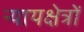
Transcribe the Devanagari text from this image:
न्यायक्षेत्रों